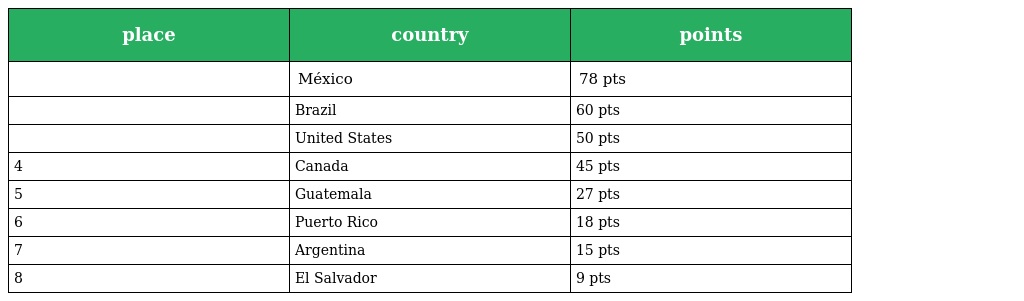
| place | country | points |
 | --- | --- | --- |
 |  | México | 78 pts |
 |  | Brazil | 60 pts |
 |  | United States | 50 pts |
 | 4 | Canada | 45 pts |
 | 5 | Guatemala | 27 pts |
 | 6 | Puerto Rico | 18 pts |
 | 7 | Argentina | 15 pts |
 | 8 | El Salvador | 9 pts |